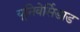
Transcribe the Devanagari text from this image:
यूनिवेर्सिडाड